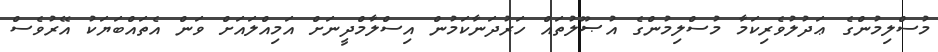
މުސްލިމުންގެ ޢަދުލުވެރިކަމާ މުސްލިމުންގެ އުޞޫލުތައް ހަރުދަނާކަމުން އިސްލާމްދީނަށް އަމިއްލައަށް ވަން އެތައްބަޔަކު އޭރުވެސް